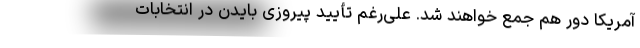
آمریکا دور هم جمع خواهند شد. علی‌رغم تأیید پیروزی بایدن در انتخابات